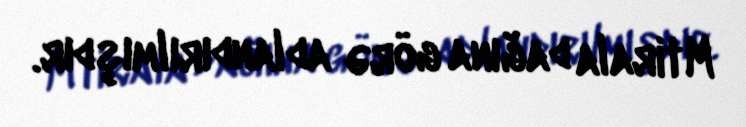
Mtirala dağına görə adlandırılmışdır.